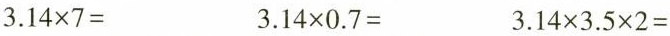
$$3.14 \times 7=$$ $$3.14 \times 0.7=$$ $$3.14 \times 3.5 \times 2=$$